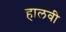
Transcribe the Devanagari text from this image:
हालवी